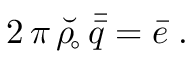
2 \, \pi \, \breve { \rho _ { \! \circ } } \, \bar { \bar { q } } = \bar { e } \; .